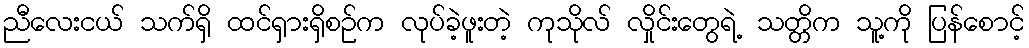
ညီလေးငယ် သက်ရှိ ထင်ရှားရှိစဉ်က လုပ်ခဲ့ဖူးတဲ့ ကုသိုလ် လှိုင်းတွေရဲ့ သတ္တိက သူ့ကို ပြန်စောင့်